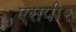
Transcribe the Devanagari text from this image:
एसपी२